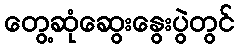
တွေ့ဆုံဆွေးနွေးပွဲတွင်